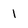
Character: 1